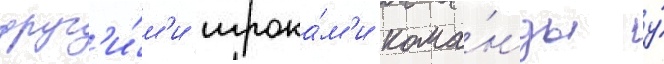
друг'и́м'и игрока́м'и кома́нды у́